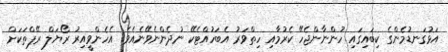
އަޅުގަނޑުމެންގެ ކިބައިގައި ހުންނާންޖެހޭ ކެރުމާއި ހިތްވަރު އެބަހުއްޓެކޭ ނުދެންނެވޭނެއެވެ. އެހެންވީއިރު ރޯޔަލް ރޭޕްތަކަށް